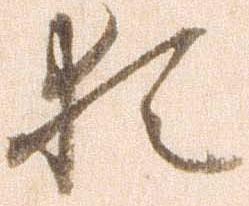
猶